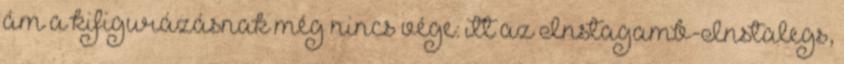
ám a kifigurázásnak még nincs vége: itt az Instagamb-Instalegs,